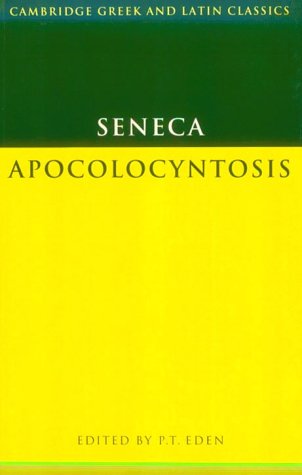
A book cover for Seneca: Apocolocyntosis (Cambridge Greek and Latin Classics); Lucius Annaeus Seneca; Reference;